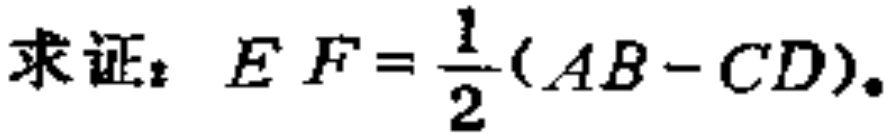
求证：$E F=\frac{1}{2}(A B-C D)$。